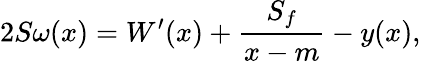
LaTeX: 2S\omega(x)=W^{\prime}(x)+\frac{S_{f}}{x-m}-y(x),